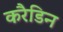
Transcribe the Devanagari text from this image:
करैडिन